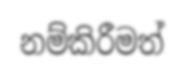
නම්කිරීමත්